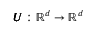
\pmb { U } : \mathbb { R } ^ { d } \rightarrow \mathbb { R } ^ { d }